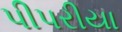
પીપરીયા